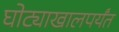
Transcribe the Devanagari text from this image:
घोट्याखालपर्यंत